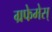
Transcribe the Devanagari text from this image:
ग्रफेमेस्